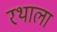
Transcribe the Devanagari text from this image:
रथाला